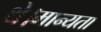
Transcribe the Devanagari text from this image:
थे।मान्यता